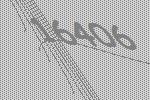
16406